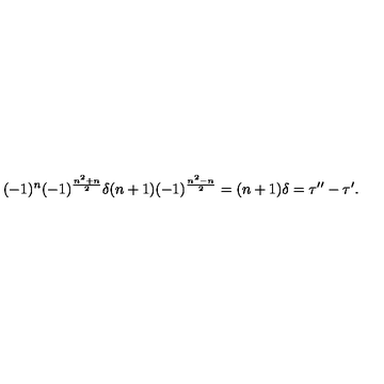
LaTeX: ( - 1 ) ^ { n } ( - 1 ) ^ { \frac { n ^ { 2 } + n } { 2 } } \delta ( n + 1 ) ( - 1 ) ^ { \frac { n ^ { 2 } - n } { 2 } } = ( n + 1 ) \delta = \tau ^ { \prime \prime } - \tau ^ { \prime } .